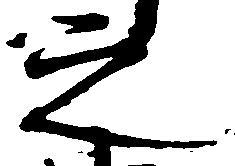
之